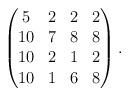
LaTeX: \begin{align*}\begin{pmatrix}5&2&2&2\\10&7&8&8\\10&2&1&2\\10&1&6&8\end{pmatrix}.\end{align*}